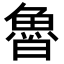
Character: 𩶑